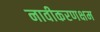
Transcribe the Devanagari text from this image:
नावीकरणक्षम